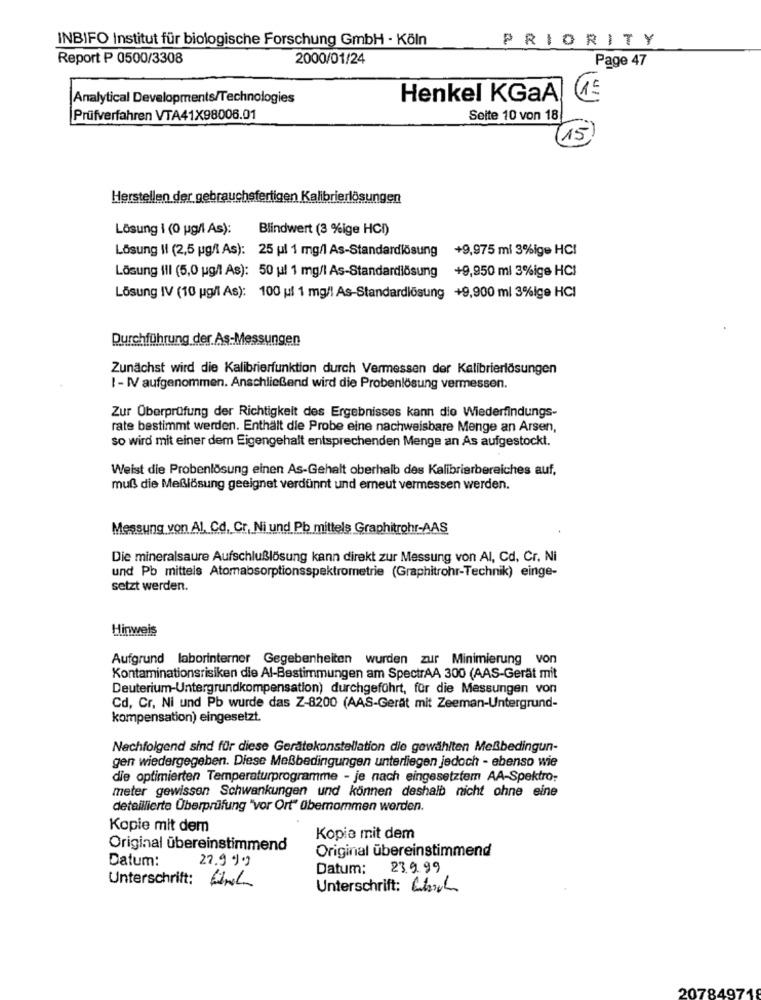
INBIFO Institut für biologische Forschung GmbH - Köln
PRIORITY
Report P 0500/3308
2000/01/24
Page 47
Analytical Developments/Technologies
Henkel KGaA
15
Prüfverfahren VTA41X98006.01
Seite 10 von 18
15
Herstellen der gebrauchsfertigen Kalibrierlösungen
Lösung i (0 g/l As):
Blindwert (3 %ige HCI)
Lösung II (2,5 g/l As): 25 ul 1 mg/l As-Standardlösung +9,975 ml 3%ige HCI
Lösung III (5,0 ug/l As): 50 ul 1 mg/l As-Standardlösung +9,950 ml 3%ige HCI
Lösung IV (10 g/l As): 100 pl 1 mg/l As-Standardlösung +9,900 ml 3%ige HCI
Durchführung der As-Messungen
Zunächst wird die Kalibrierfunktion durch Vermessen der Kalibrierlösungen
I - IV aufgenommen. Anschließend wird die Probenlösung vermessen.
Zur Überprüfung der Richtigkeit des Ergebnisses kann die Wiederfindungs-
rate bestimmt werden. Enthält die Probe eine nachweisbare Menge an Arsen,
so wird mit einer dem Eigengehalt entsprechenden Menge an As aufgestockt.
Weist die Probenlösung einen As-Gehalt oberhalb des Kalibrierbereiches auf,
muß die Meßlösung geeignet verdünnt und erneut vermessen werden.
Messung von Al, Cd, Cr, Ni und Pb mittels Graphitrohr-AAS
Die mineralsaure Aufschlußlösung kann direkt zur Messung von Al, Cd, Cr. Ni
und Pb mittels Atomabsorptionsspektrometrie (Graphitrohr-Technik) einge-
setzt werden.
Hinweis
Aufgrund laborinterner Gegebenheiten wurden zur Minimierung von
Kontaminationsrisiken die Al-Bestimmungen am SpectrAA 300 (AAS-Gerät mit
Deuterium-Untergrundkompensation) durchgeführt, für die Messungen von
Cd, Cr, Ni und Pb wurde das Z-8200 (AAS-Gerät mit Zeeman-Untergrund-
kompensation) eingesetzt.
Nachfolgend sind für diese Gerätekonstellation die gewählten Meßbedingun-
gen wiedergegeben. Diese Meßbedingungen unterliegen jedoch - ebenso wie
die optimierten Temperaturprogramme - je nach eingesetztem AA-Spektro:
meter gewissen Schwankungen und können deshalb nicht ohne eine
detaillierte Überprüfung "vor Ort" übernommen werden.
Kopie mit dem
Kopia mit dem
Original übereinstimmend
Original übereinstimmend
Datum:
27.9 99
Datum: 23.9.99
Unterschrift: Url
Unterschrift: Church
207849718